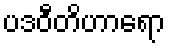
ပဒဝီတိဟာရော